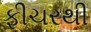
ફીચરથી